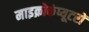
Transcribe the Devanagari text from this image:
माइक्रोकंप्यूटरों